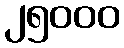
၂၅၀၀၀